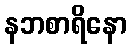
နဘစာရိနော